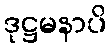
ဒုဋ္ဌမနာပိ